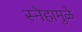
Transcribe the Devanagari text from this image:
स्नेहामुळे